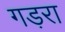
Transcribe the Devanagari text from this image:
गड़रा